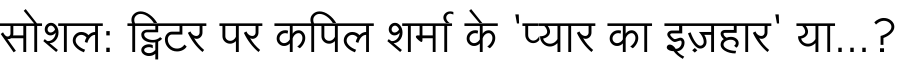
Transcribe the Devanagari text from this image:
सोशल: ट्विटर पर कपिल शर्मा के 'प्यार का इज़हार' या...?